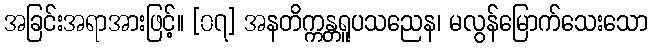
အခြင်းအရာအားဖြင့်။ [၀၇] အနတိက္ကန္တရူပသညေန၊ မလွန်မြောက်သေးသော